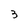
Character: 3